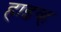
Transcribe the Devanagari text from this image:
हाइव्ह